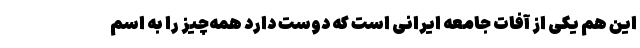
این هم یکی از آفات جامعه ایرانی است که دوست دارد همه‌چیز را به اسم